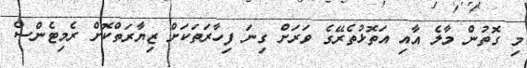
މި ގޮތުން މާލެ އާއި އަތޮޅުތެރޭގެ ވަރަށް ގިނަ ފިހާރަތަކަށް ޒިޔާރަތްކޮށް ރެމިޓެންސް